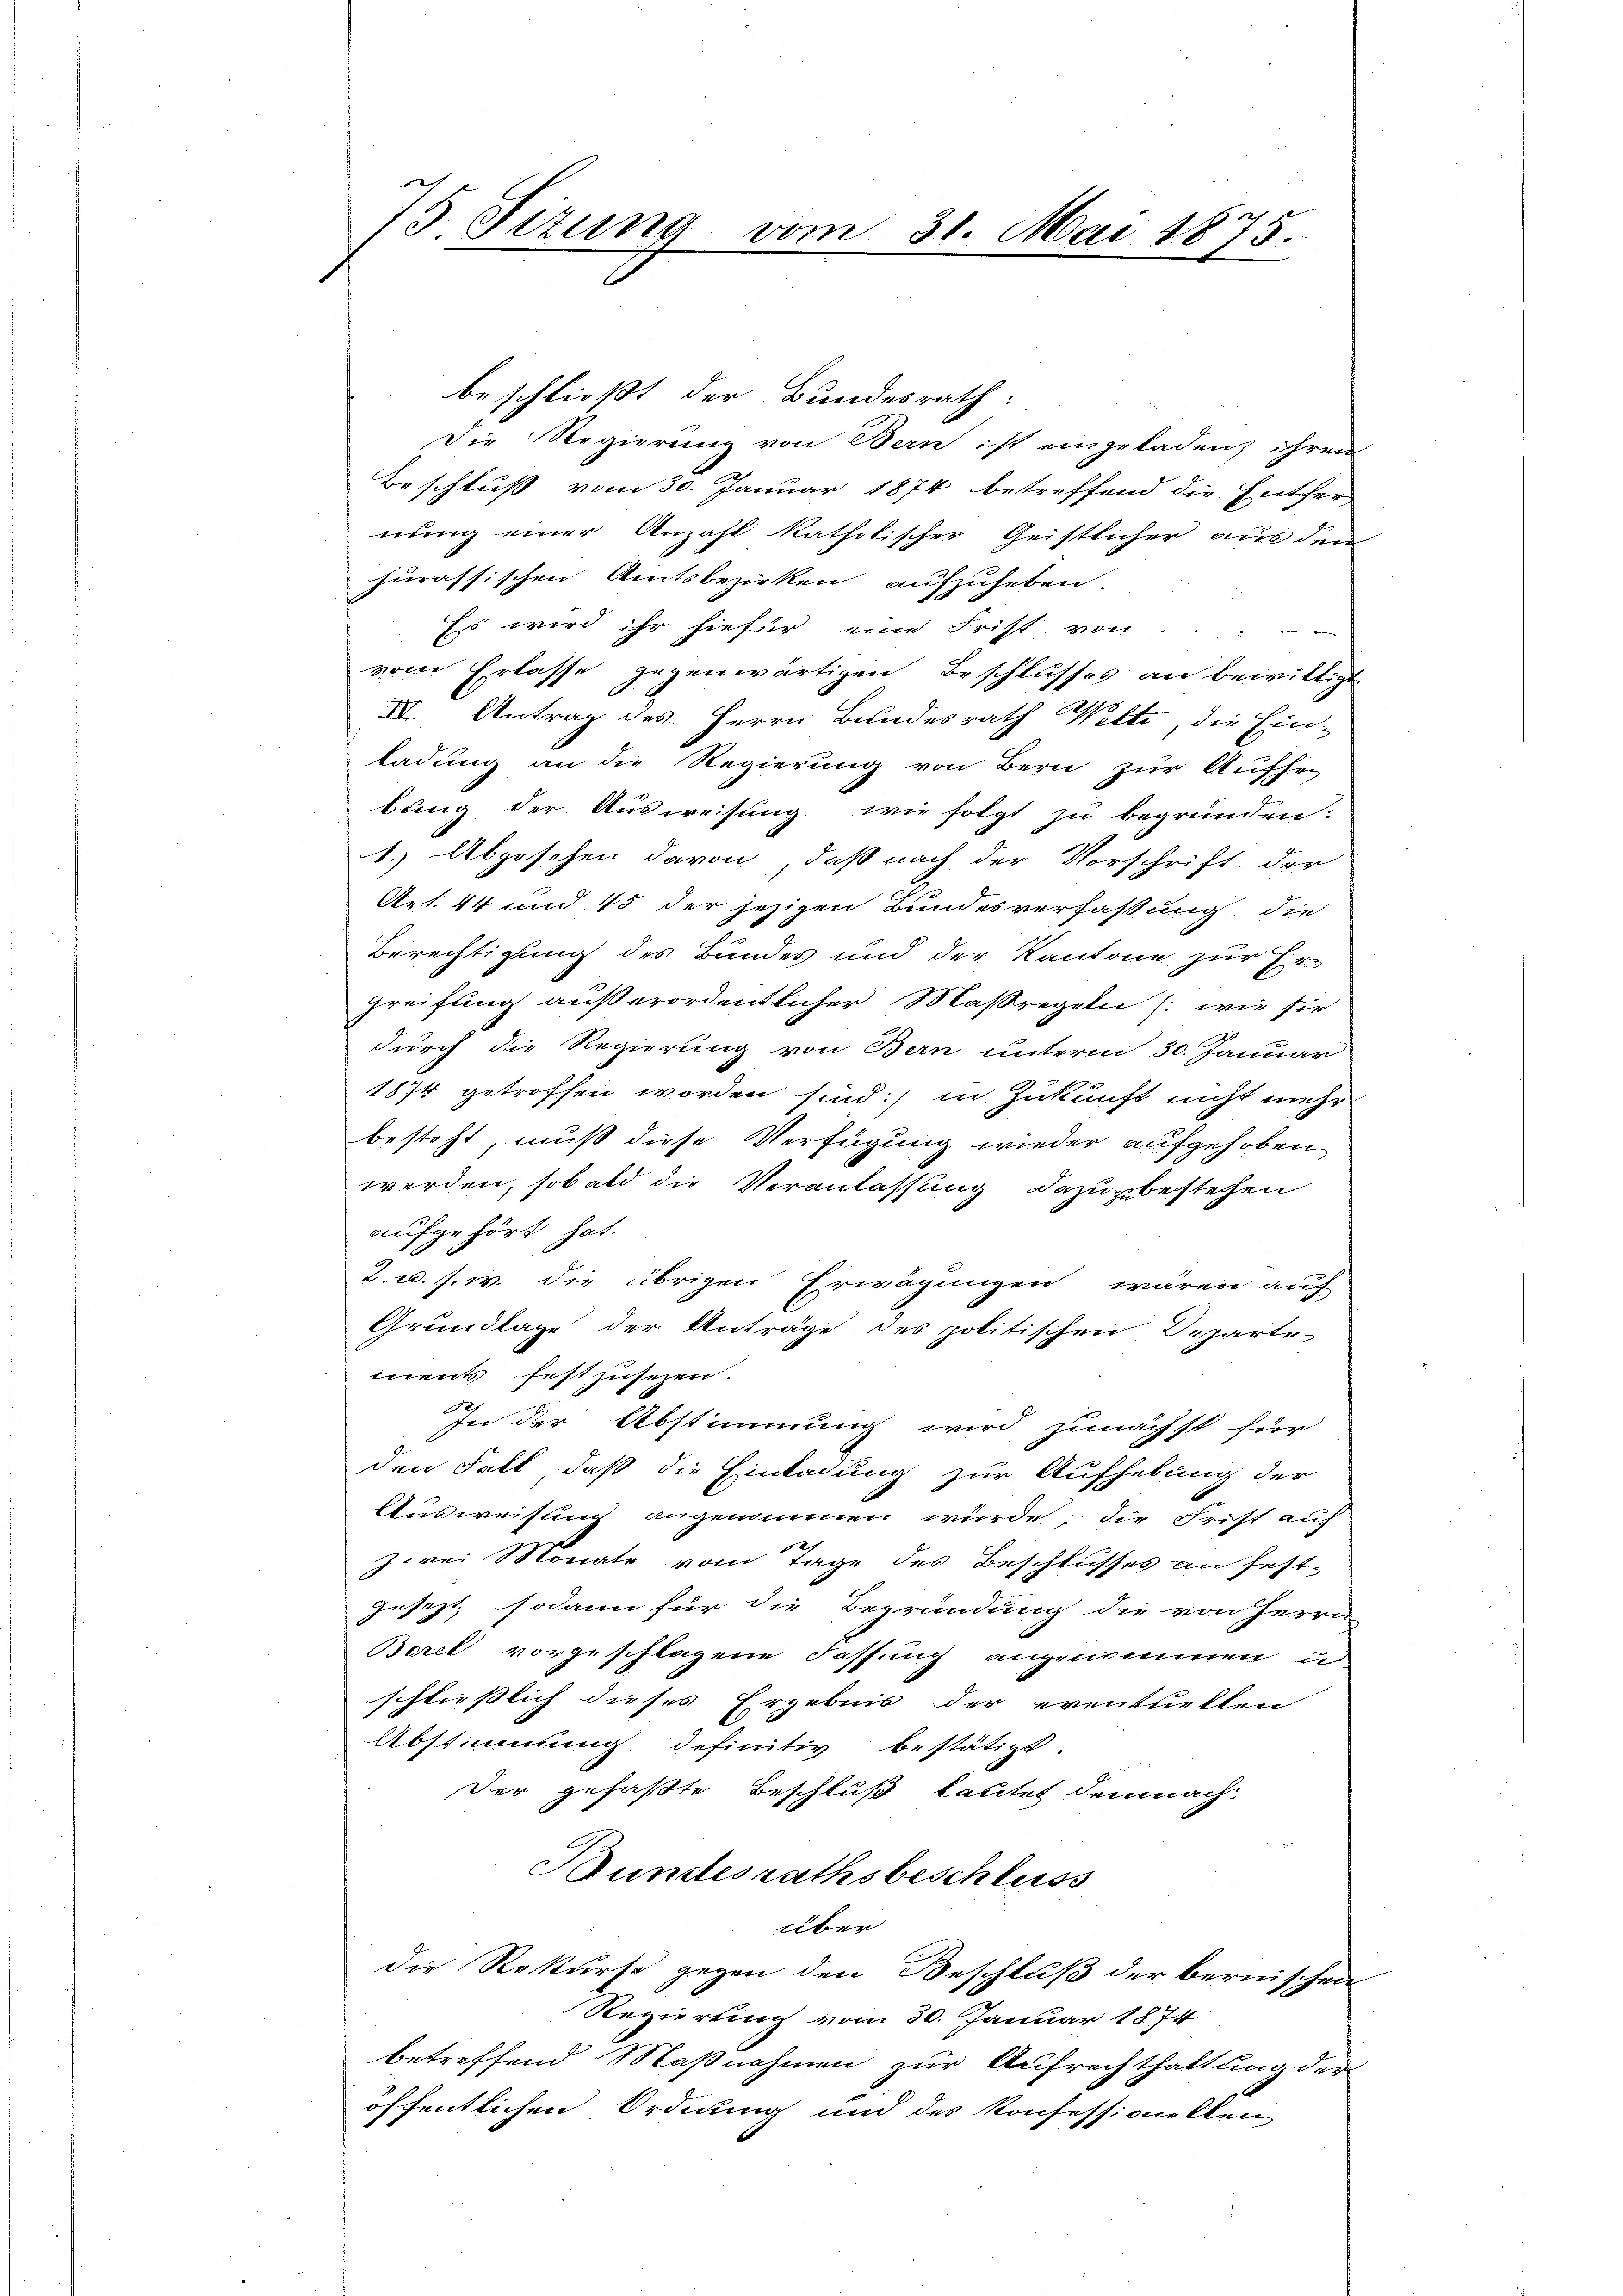
75. Sizung vom 31. Mai 1875.

beschließt der Bundesrath:
Die Regierung von Bern, ist eingeladen, ihren
Beschluß vom 30. Januar 1874 betreffend die Entfer,
nung einer Anzahl katholischer Geistlicher aus den
hurassischen Amtsbezirken aufzuheben
Es wird ihr hiefür eine Frist von . . .
vom Erlasse gegenwärtigen Beschlusses an bewilligt
III. Antrag des Herrn Bundesrath Welti, die Einladung an die Regierung von Bern zur Aufhe
bung der Ausweisung wie folgt zu begründen.
1.) Abgesehen davon, daß nach der Vorschrift der
Art. 44 und 45 der jezigen Bundesverfaßung die
Berechtigung des Bundes und der Kantone zur Er-
greifung außerordentlicher Maßregeln (: wie sie
durch die Regierung von Bern unterm 30. Januar
1874 getroffen worden sind: in Zukunft nicht mehr
besteht, muß diese Verfügung wieder aufgehoben
werden, sobald die Veranlassung dazu bestehen
aufgehört hat.
2. u. s. w. die übrigen Erwägungen wären auf
Grundlage der Anträge des politischen Departe-
mnents festzusezen.
In der Abstimmung wird zunächst für
den Fall, daß die Einladung zur Aufhebung der
Ausweisung angenommen würde; die Frist auf
zwei Monate vom Tage des Beschlusses an festgesezt, sodann für die Begründung die von Herrn
Berel vorgeschlagene Fassung angenommen u
schliesslich dieses Ergebnis der eventuellen
Abstimmung definitiv bestätigt.
Der gefaßte Beschluß lautet demnach

Bundesrathsbeschluss
über
die Rekurse gegen den Beschluß der bernischen
Regierung vom 30. Januar 1874
betreffend Maßnahmen zur Aufrechthaltung der
öffentlichen Ordnung und des Konfessionellen